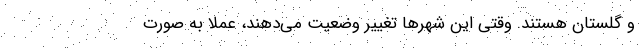
و گلستان هستند. وقتی این شهرها تغییر وضعیت می‌دهند، عملا به صورت